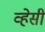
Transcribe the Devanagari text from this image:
व्हेसी